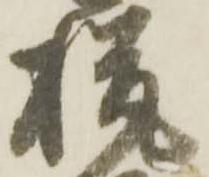
税